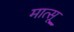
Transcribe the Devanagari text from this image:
मात्सू